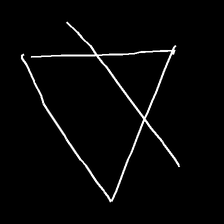
Glyph: empower